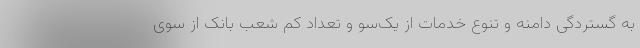
به گستردگی دامنه و تنوع خدمات از یک‌سو و تعداد کم شعب بانک از سوی